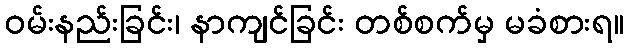
ဝမ်းနည်းခြင်း၊ နာကျင်ခြင်း တစ်စက်မှ မခံစားရ။